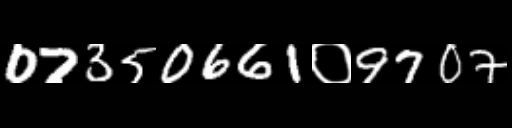
Text: 07350661०9707